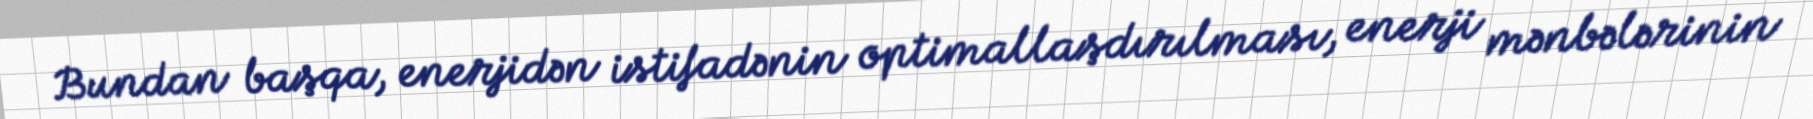
Bundan başqa, enerjidən istifadənin optimallaşdırılması, enerji mənbələrinin